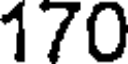
170